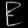
Digit: ၉